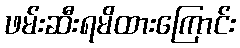
ဖမ်းဆီးရမိထားကြောင်း